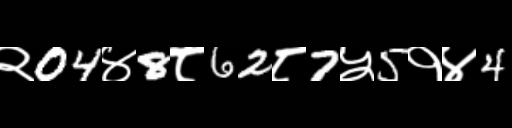
Text: २04४8८62८7५5१४4